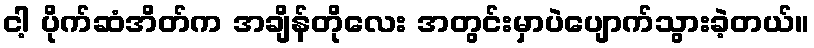
ငါ့ ပိုက်ဆံအိတ်က အချိန်တိုလေး အတွင်းမှာပဲပျောက်သွားခဲ့တယ်။